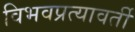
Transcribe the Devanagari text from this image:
विभवप्रत्यावर्ती